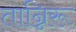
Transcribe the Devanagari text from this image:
तान्निरू